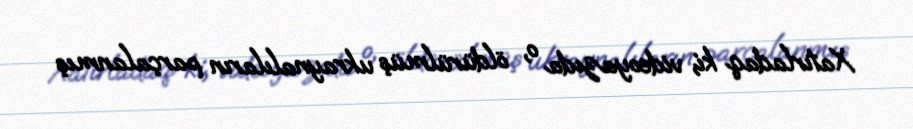
Xatırladaq ki, videoyazıda o, öldürülmüş ukraynalıların parçalanmış